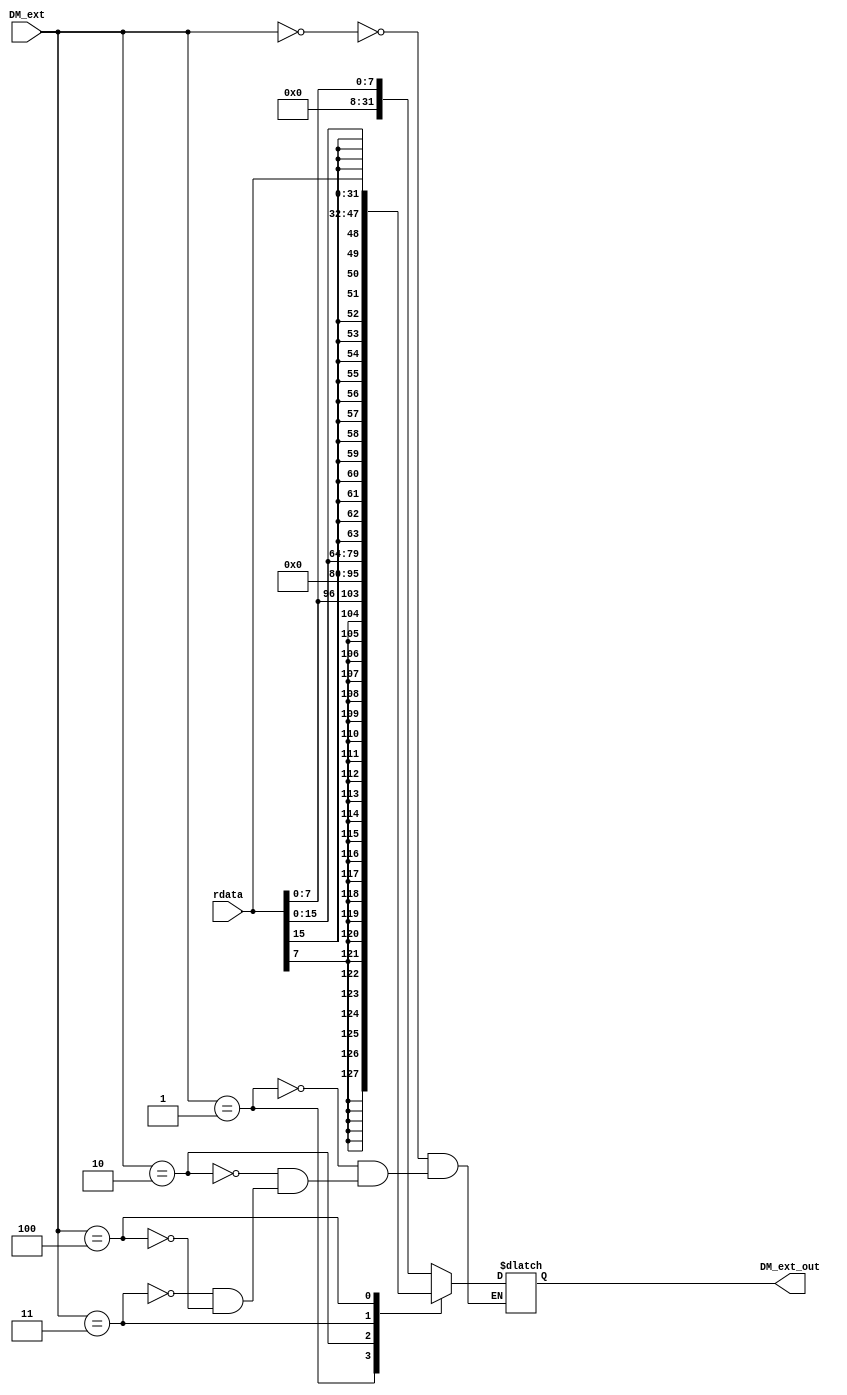
`timescale 1ns / 1ps

module DM_extend(
  input [2:0] DM_ext,
  input [31:0] rdata,
  output reg [31:0] DM_ext_out
    );
  always @ ( * ) begin
      case(DM_ext)
      3'b000:DM_ext_out <= {24'b0,rdata[7:0]};
      3'b001:DM_ext_out <= {{24{rdata[7]}},rdata[7:0]};
      3'b010:DM_ext_out <= {18'b0,rdata[15:0]};
      3'b011:DM_ext_out <= {{18{rdata[15]}},rdata[15:0]};
      3'b100:DM_ext_out <= rdata;
      endcase
  end
endmodule